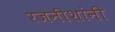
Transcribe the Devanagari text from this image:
रजनीशांनी